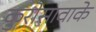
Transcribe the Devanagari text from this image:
कुरोसावाके